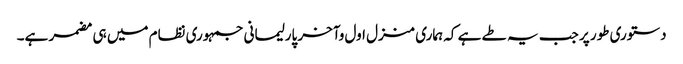
دستوری طور پر جب یہ طے ہے کہ ہماری منزل اول وآخر پارلیمانی جمہوری نظام میں ہی مضمر ہے۔